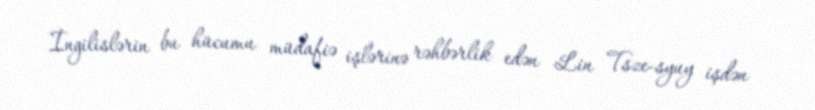
İngilislərin bu hücumu müdafiə işlərinə rəhbərlik edən Lin Tsze-syuy işdən